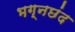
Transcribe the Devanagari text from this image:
भग्नछंद